Lunatic asylums Bombay report 1878-1890 - 1878-1890
Year: 1878
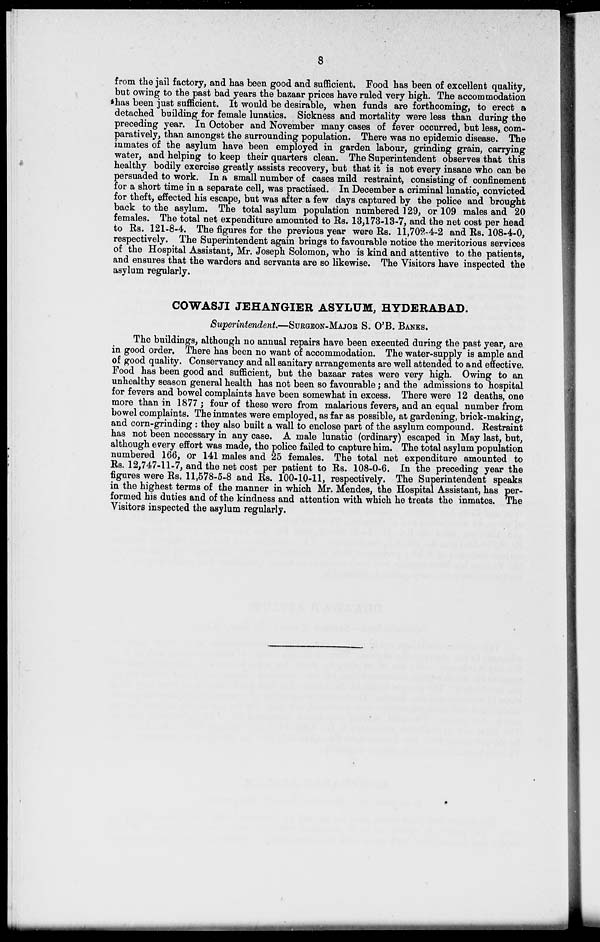
8
from the jail factory, and has been good and sufficient. Food has been of excellent quality,
but owing to the past bad years the bazaar prices have ruled very high. The accommodation
has been just sufficient. It would be desirable, when funds are forthcoming, to erect a
detached building for female lunatics. Sickness and mortality were less than during the
preceding year. In October and November many cases of fever occurred, but less, com-
paratively, than amongst the surrounding population. There was no epidemic disease. The
inmates of the asylum have been employed in garden labour, grinding grain, carrying
water, and helping to keep their quarters clean. The Superintendent observes that this
healthy bodily exercise greatly assists recovery, but that it is not every insane who can be
persuaded to work. In a small number of cases mild restraint, consisting of confinement
for a short time in a separate cell, was practised. In December a criminal lunatic, convicted
for theft, effected his escape, but was after a few days captured by the police and brought
back to the asylum. The total asylum population numbered 129, or 109 males and 20
females. The total net expenditure amounted to Rs. 13,173-13-7, and the net cost per head
to Rs. 121-8-4. The figures for the previous year were Rs. 11,702-4-2 and Rs. 108-4-0,
respectively. The Superintendent again brings to favourable notice the meritorious services
of the Hospital Assistant, Mr. Joseph Solomon, who is kind and attentive to the patients,
and ensures that the warders and servants are so likewise. The Visitors have inspected the
asylum regularly.
COWASJI JEHANGIER ASYLUM, HYDERABAD.
Superintendent—SURGEON-MAJOR S. O'B. BANKS.
The buildings, although no annual repairs have been executed during the past year, are
in good order. There has been no want of accommodation. The water-supply is ample and
of good quality. Conservancy and all sanitary arrangements are well attended to and effective.
Food has been good and sufficient, but the bazaar rates were very high. Owing to an
unhealthy season general health has not been so favourable; and the admissions to hospital
for fevers and bowel complaints have been somewhat in excess. There were 12 deaths, one
more than in 1877 ; four of these were from malarious fevers, and an equal number from
bowel complaints. The inmates were employed, as far as possible, at gardening, brick-making,
and corn-grinding : they also built a wall to enclose part of the asylum compound. Restraint
has not been necessary in any case. A male lunatic (ordinary) escaped in May last, but,
although every effort was made, the police failed to capture him. The total asylum population
numbered 166, or 141 males and 25 females. The total net expenditure amounted to
Rs. 12,747-11-7, and the net cost per patient to Rs. 108-0-6. In the preceding year the
figures were Rs. 11,578-5-8 and Rs. 100-10-11, respectively. The Superintendent speaks
in the highest terms of the manner in which Mr. Mendes, the Hospital Assistant, has per-
formed his duties and of the kindness and attention with which he treats the inmates. The
Visitors inspected the asylum regularly.